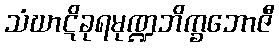
သံဃာဋိခုရမုဏ္ဍဘိက္ခဘောဇီ